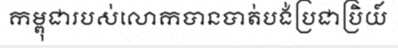
កម្ពុជារបស់លោកបានបាត់បង់ប្រជាប្រិយ៍